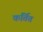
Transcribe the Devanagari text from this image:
कर्तित